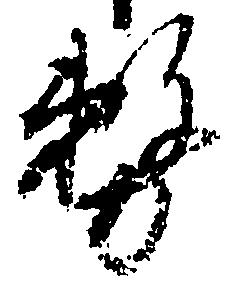
務